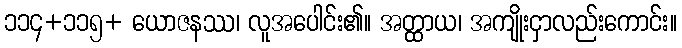
၁၁၄+၁၁၅+ ယောဇနဿ၊ လူအပေါင်း၏။ အတ္ထာယ၊ အကျိုးငှာလည်းကောင်း။